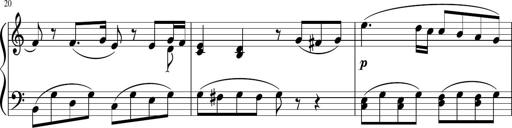
Title: 3 Sonatinen
Composer: Heinrich Lichner